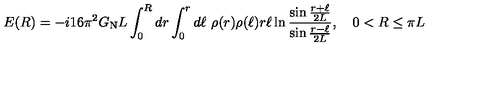
E ( R ) = - i 1 6 \pi ^ { 2 } G _ { \mathrm { N } } L \int _ { 0 } ^ { R } d r \int _ { 0 } ^ { r } d \ell \ \rho ( r ) \rho ( \ell ) r \ell \ln { \frac { \sin { \frac { r + \ell } { 2 L } } } { \sin { \frac { r - \ell } { 2 L } } } } , \quad 0 < R \le \pi L